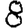
Digit: 8